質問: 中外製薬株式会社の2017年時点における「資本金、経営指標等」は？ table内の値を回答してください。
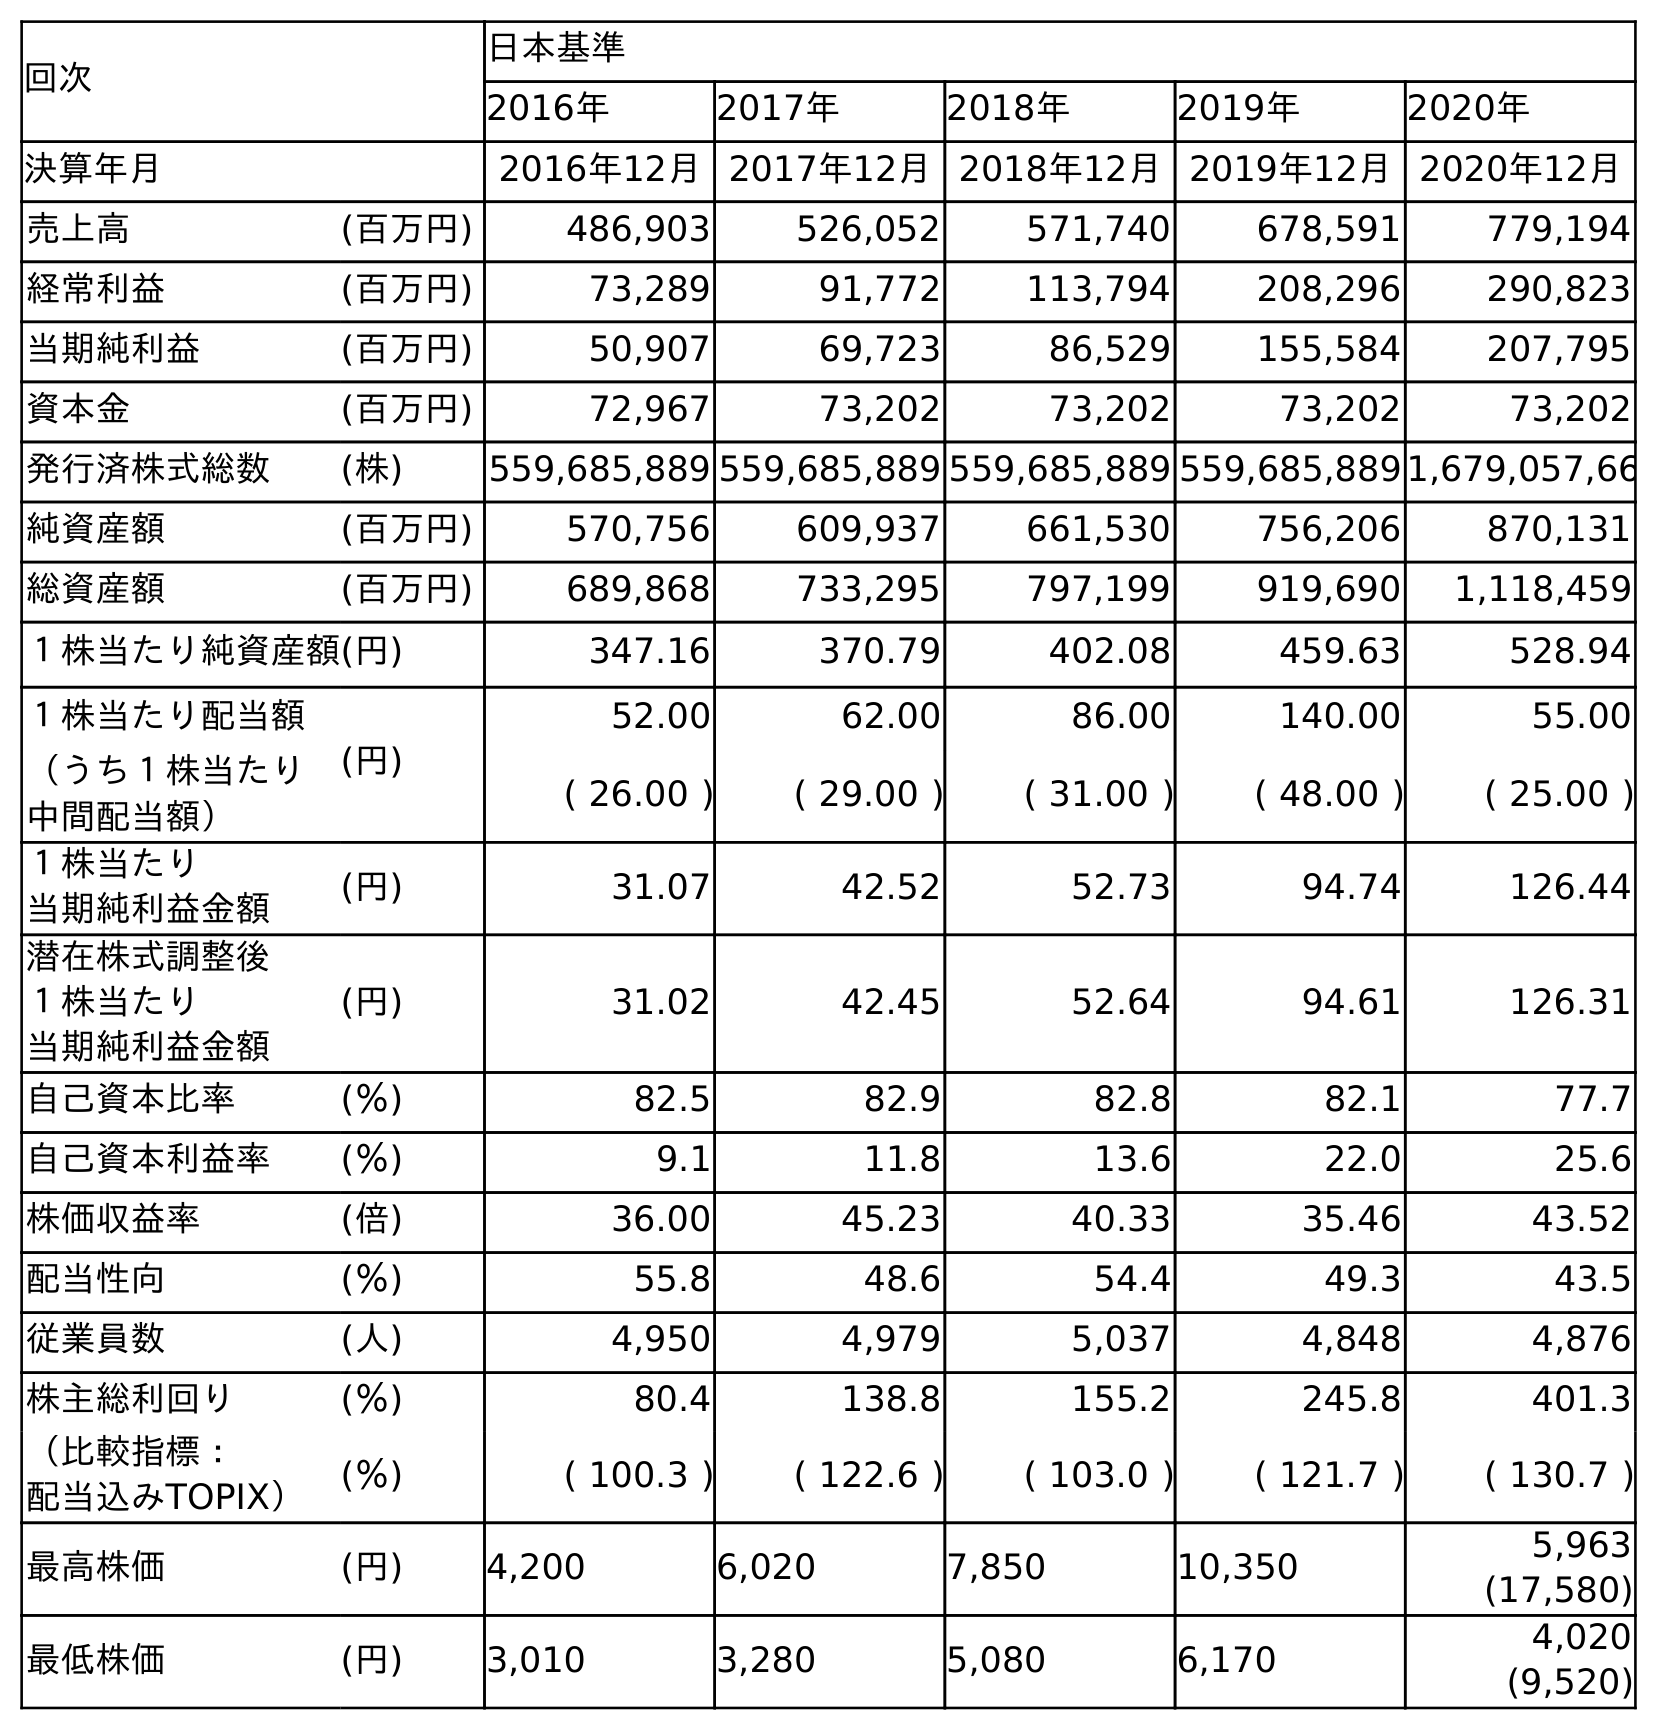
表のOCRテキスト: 回次 日本基準 2016年 2017年 2018年 2019年 2020年 決算年月 2016年12月2017年12月2018年12月2019年12月2020年12月 売上高 (百万円) 486,903 526,052 571,740 678,591 779,194 経常利益 (百万円) 73,289 91,772 113,794 208,296 290,823 当期純利益 (百万円) 50,907 69,723 86,529 155,584 207,795 資本金 (百万円) 72,967 73,202 73,202 73,202 73,202 発行済株式総数 (株) 559,685,889 559,685,889 559,685,889 559,685,8891,679,057,66 純資産額 (百万円) 570,756 609,937 661,530 756,206 870,131 総資産額 (百万円) 689,868 733,295 797,199 919,690 1,118,459 １株当たり純資産額(円) 347.16 370.79 402.08 459.63 528.94 １株当たり配当額 (円) 52.00 62.00 86.00 140.00 55.00 （うち１株当たり 中間配当額） ( 26.00 ) ( 29.00 ) ( 31.00 ) ( 48.00 ) ( 25.00 ) １株当たり 当期純利益金額 (円) 31.07 42.52 52.73 94.74 126.44 潜在株式調整後 １株当たり 当期純利益金額 (円) 31.02 42.45 52.64 94.61 126.31 自己資本比率 (％) 82.5 82.9 82.8 82.1 77.7 自己資本利益率 (％) 9.1 11.8 13.6 22.0 25.6 株価収益率 (倍) 36.00 45.23 40.33 35.46 43.52 配当性向 (％) 55.8 48.6 54.4 49.3 43.5 従業員数 (人) 4,950 4,979 5,037 4,848 4,876 株主総利回り (％) 80.4 138.8 155.2 245.8 401.3 （比較指標： 配当込みTOPIX） (％) ( 100.3 ) ( 122.6 ) ( 103.0 ) ( 121.7 ) ( 130.7 ) 最高株価 (円) 4,200 6,020 7,850 10,350 5,963 (17,580) 最低株価 (円) 3,010 3,280 5,080 6,170 4,020 (9,520)
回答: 73,202